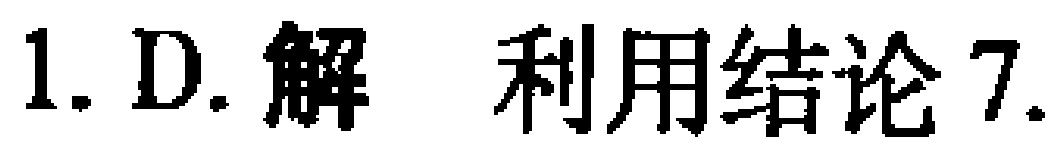
1. D. 解 利用结论7.